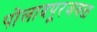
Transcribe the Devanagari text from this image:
पोलादपूरजवळ